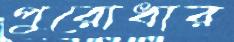
পুরোধার